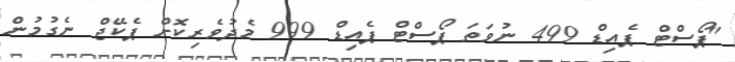
"ޕޯސްޓް ޕެއިޑް 499 ނުވަތަ ޕޯސްޓް ޕެއިޑް 999 މެދުވެރިކޮށް ޕެކޭޖް ނެގުމުން